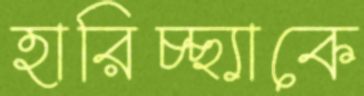
হারিচ্ছ্যাকে